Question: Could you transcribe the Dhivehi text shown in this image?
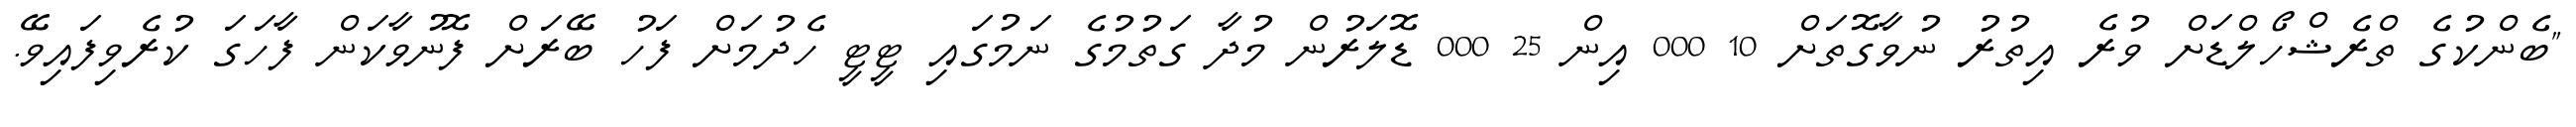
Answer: "ބެންކުގެ ތްރެޝްހޯލްޑަށް ވުރެ އިތުރު ނުވާގޮތަށް 10 000 އިން 25 000 ޑޮލަރުން މުދާ ގަތުމުގެ ނަމުގައި ޓީޓީ ހެދުމަށް ފަހު ބޭރަށް ފޮނުވާކަން ފާހަގަ ކުރެވިފައިވޭ.